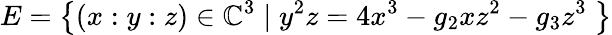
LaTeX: E=\left\{ (x:y:z)\in\mathbb{C}^{3}\mid y^{2}z=4x^{3}-g_{2}xz^{2}-g_{3}z^{3}\; \right\}